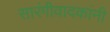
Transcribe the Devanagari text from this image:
सारंगीवादकांनी